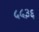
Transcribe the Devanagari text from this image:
५५३६